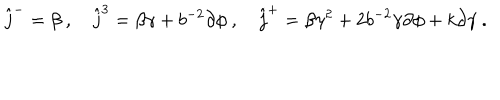
\hat { j } ^ { - } = \beta ~ , \quad \hat { j } ^ { 3 } = \beta \gamma + b ^ { - 2 } \partial \phi ~ , \quad \hat { j } ^ { + } = \beta \gamma ^ { 2 } + 2 b ^ { - 2 } \gamma \partial \phi + k \partial \gamma ~ .